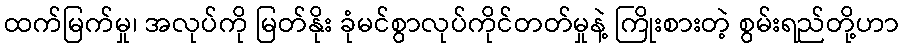
ထက်မြက်မှု၊ အလုပ်ကို မြတ်နိုး ခုံမင်စွာလုပ်ကိုင်တတ်မှုနဲ့ ကြိုးစားတဲ့ စွမ်းရည်တို့ဟာ